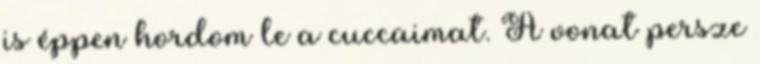
is éppen hordom le a cuccaimat. A vonat persze